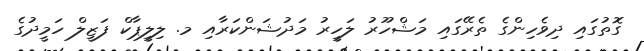
ގޮތުގައި ދިވެހިންގެ ތެރޭގައި މަޝްހޫރު ލަހީރު މަދުޝަންކަރާއި މ. ލިލީޕާކް ފަޒީލް ހަމީދުގެ